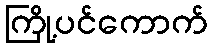
ကြို့ပင်ကောက်